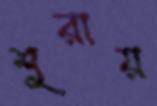
শুরায়